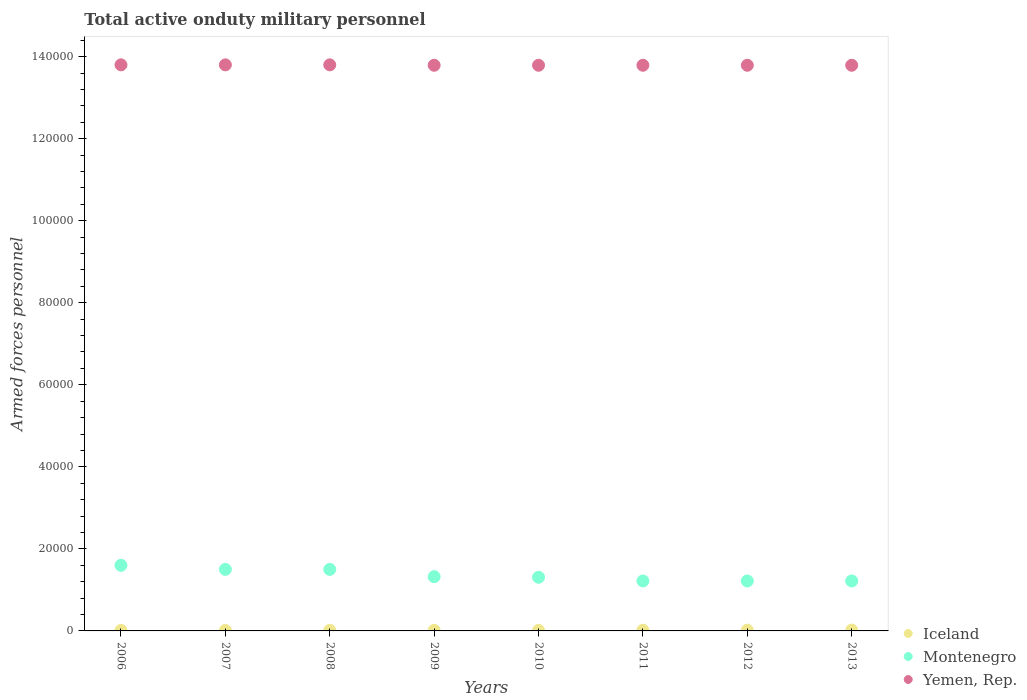
| Years | Iceland | Montenegro | Yemen, Rep. |
 | --- | --- | --- | --- |
 | 2006 | 130 | 1.6e+04 | 1.38e+05 |
 | 2007 | 130 | 1.5e+04 | 1.38e+05 |
 | 2008 | 130 | 1.5e+04 | 1.38e+05 |
 | 2009 | 130 | 1.32e+04 | 1.38e+05 |
 | 2010 | 130 | 1.31e+04 | 1.38e+05 |
 | 2011 | 180 | 1.22e+04 | 1.38e+05 |
 | 2012 | 180 | 1.22e+04 | 1.38e+05 |
 | 2013 | 200 | 1.22e+04 | 1.38e+05 |